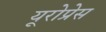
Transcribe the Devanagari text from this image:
यूरोप्रेस